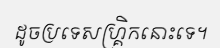
ដូចប្រទេសហ្គ្រិកនោះទេ។